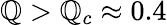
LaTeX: \mathbb{Q}>\mathbb{Q}_{c}\approx0.4